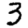
Digit: 3